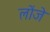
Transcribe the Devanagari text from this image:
लोंजे